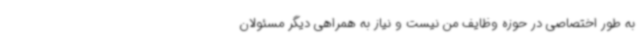
به طور اختصاصی در حوزه وظایف من نیست و نیاز به همراهی دیگر مسئولان